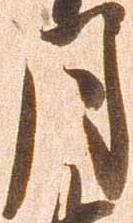
月